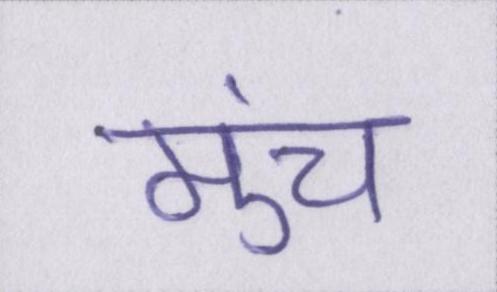
मुंच